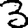
Digit: 3